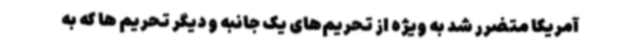
آمریکا متضرر شد به ویژه از تحریم‌های یک جانبه و دیگر تحریم ها که به